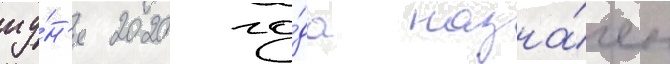
иу́н'я 2020 го́да назна́чен